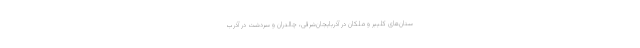
ستان‌های کلیبر و ملکان در آذربایجان‌شرقی، چالدران و سردشت در آذرب